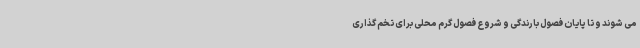
می شوند و تا پایان فصول بارندگی و شروع فصول گرم محلی برای تخم گذاری